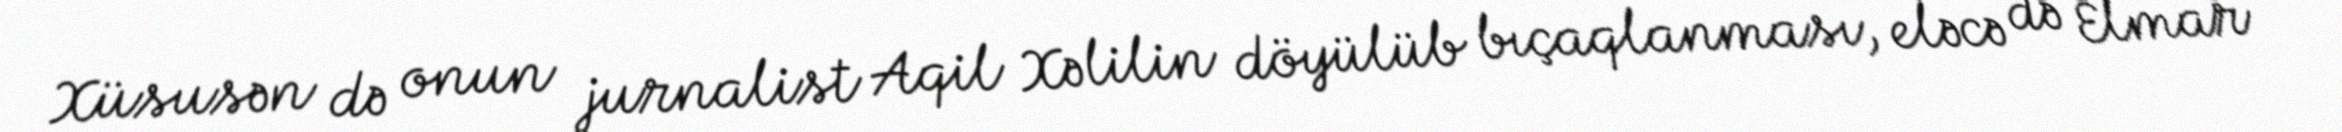
Xüsusən də onun jurnalist Aqil Xəlilin döyülüb bıçaqlanması, eləcə də Elmar